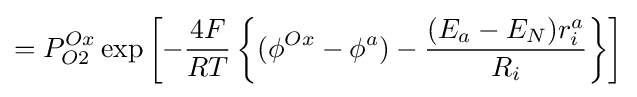
=P_{O2}^{Ox}\exp \left[-{\frac {4F}{RT}}\left\{(\phi ^{Ox}-\phi ^{a})-{\frac {(E_{a}-E_{N})r_{i}^{a}}{R_{i}}}\right\}\right]